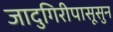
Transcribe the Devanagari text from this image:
जादुगिरीपासूसुन